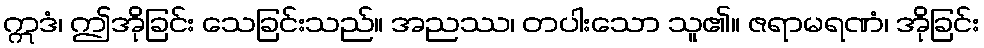
ဣဒံ၊ ဤအိုခြင်း သေခြင်းသည်။ အညဿ၊ တပါးသော သူ၏။ ဇရာမရဏံ၊ အိုခြင်း